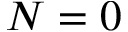
N = 0